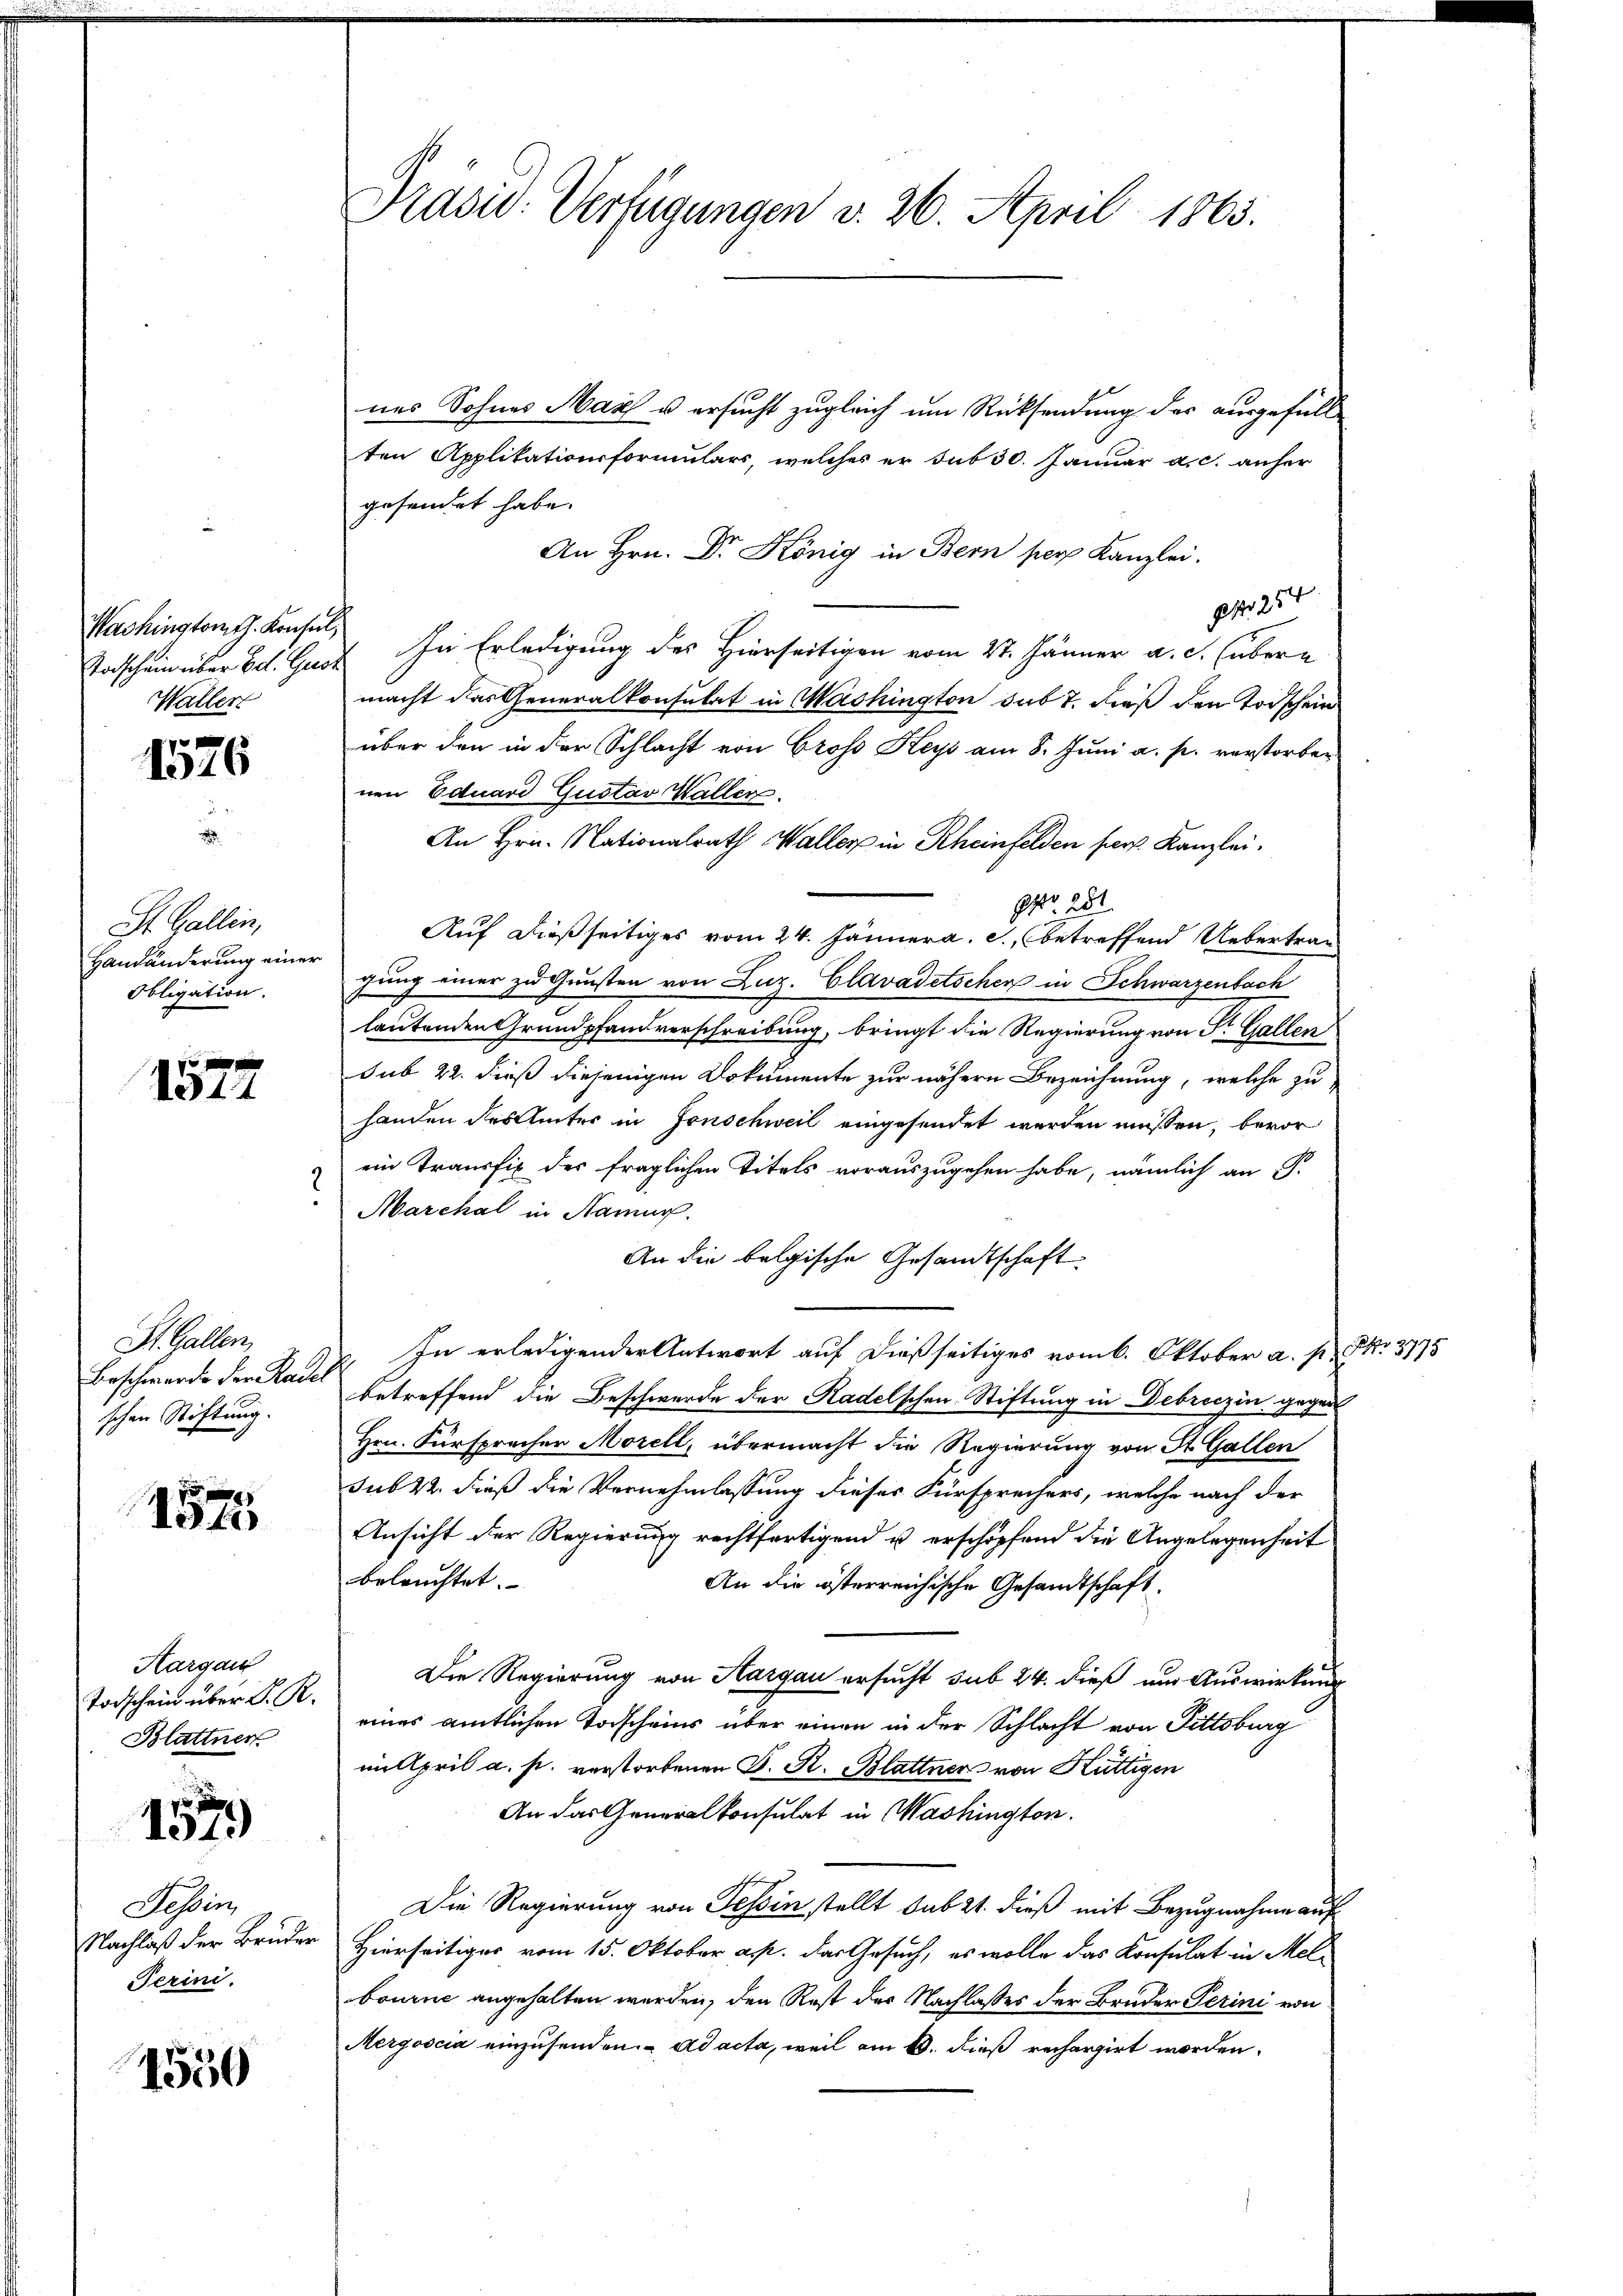
Washingtomth. Konsul,
Waller

x
1546

St. Gallin,
Handänderung einer
Obligation.

1572

St. Gallen,
Beschwerde der Rader
schen Stiftung.

Ite

Aargau
Todschein über d. R.
Blattner

x
1319)

Tessin,
Nachlaß der Brüder
Terini.

4550

Präsid. Verfügungen v. 26. April 1863.

nes Sohnes Max u ersucht zugleich um Rücksendung des ausgefüll
ten Applitationsformulars, welches er sub 30. Januar a. c. anher
gesendet habe.
An Hrn. Dr. König in Bern pers Kanzlei.
 254
Todschein über Bd. Gut In Erledigung des Hierseitigen vom 27. Jänner a. c. (übermacht das Generalkonsulat in Washington sub 7. dieß den Todschein
über den in der Schlacht von Groso Keys am 8. Juni a. p. verstorbenen Eduard Gustav Waller
An Hrn. Nationalrath Waller in Rheinfelden pers Kanzlei.
NNo. 281.
Auf dießseitiges vom 24. Jänner a. c., betreffend Uebertrag
gung einer zu Gunsten von Luz. Clavadetschen in Schwarzenbach
lautenden Grundpfandverschreibung, bringt die Regierung von Sr. Gallen
sub 22. dieß diejenigen Dokumente zur nähern Bezeichnung, welche zu
handen des hinter in Fonschweil eingesendet werden müssen, bevor
ein Transfix des fraglichen Titels vorauszugehen habe, nämlich an P.
Marchal in Namur.
An die belgische Gesandtschaft
In erledigender Antwort auf dießseitiges vom 6. Oktober a. p. P. 3775
.
betreffend die Beschwerde der Radelschen Stiftung in Debreczin gegen
Hrn. Fürspracher Morell, übermacht die Regierung von St. Gallen
sub 22. dieß die Vernehmlassung dieses Fürsprechers, welche nach der
Ansicht der Regierung rechtfertigend u erschöpfend die Angelegenheit
beleuchtet.
An die österreichische Gesandtschaft.
Die Regierung von Aargau ersucht sub 24. dieß und Auswirkung
eines amtlichen Todscheins über einen in der Schlacht von Fittsburg
ii April a. p. verstorbenen S. R. Blattner von Hüttigen
An das Generalkonsulat in Washington.
Die Regierung von Tessin stellt sub 21. dieß mit Bezugnahme auf
Hierseitiges vom 15. Oktober a. p. das Gesuch, es wolle das Konsulat in Melbourne angehalten werden, den Rest der Nachlasses der Bruder Perini von
Mergoscia einzusenden. ad acta, weil am 6. dieß rechargirt worden.